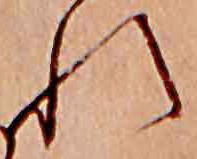
れ